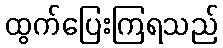
ထွက်ပြေးကြရသည်